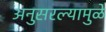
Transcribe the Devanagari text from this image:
अनुसरल्यामुळे